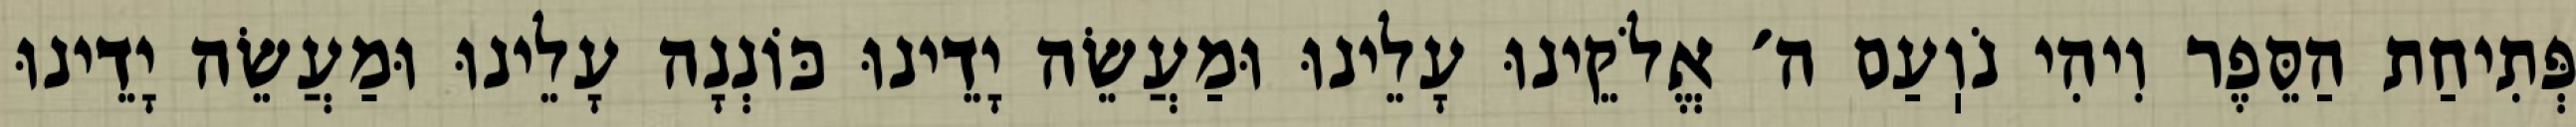
פְּתִיחַת הַסֵּפֶר וִיהִי נֹוֽעַם ה׳ אֱלֹקֵינוּ עָלֵינוּ וּמַעֲשֵׂה יָדֵינוּ כּוֹנְנָה עָלֵינוּ וּמַעֲשֵׂה יָדֵינוּ